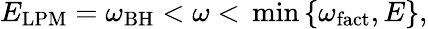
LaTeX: E_{\mathrm{LPM}}=\omega_{\mathrm{BH}}<\omega<\, \mathrm{min}\, \{ \omega_{\mathrm{fact}},E\} ,